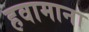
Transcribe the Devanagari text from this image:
हवामाना